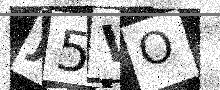
Text: J5VO